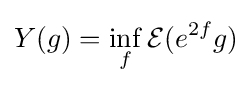
Y(g)=\inf _{f}{\mathcal {E}}(e^{2f}g)